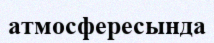
атмосфересында